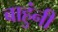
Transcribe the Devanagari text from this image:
बाहुंनी